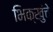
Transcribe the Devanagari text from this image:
भिक्खुंचे